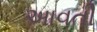
અાવતી